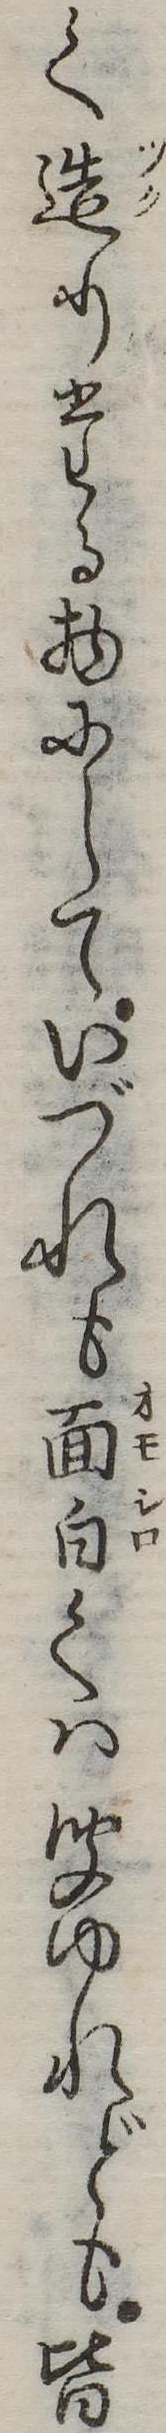
く造りたる物にしていづれも面白くは聞ゆれども皆